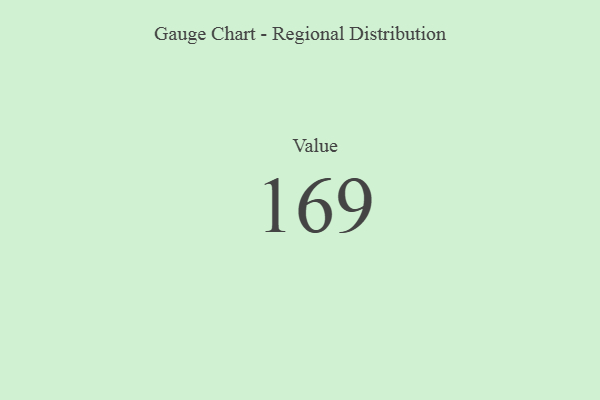
{"axis": {"x": "Metric", "y": "Value"}, "legend": [""], "data": [{"x": "Value", "y": 169, "type": ""}]}